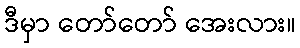
ဒီမှာ တော်တော် အေးလား။